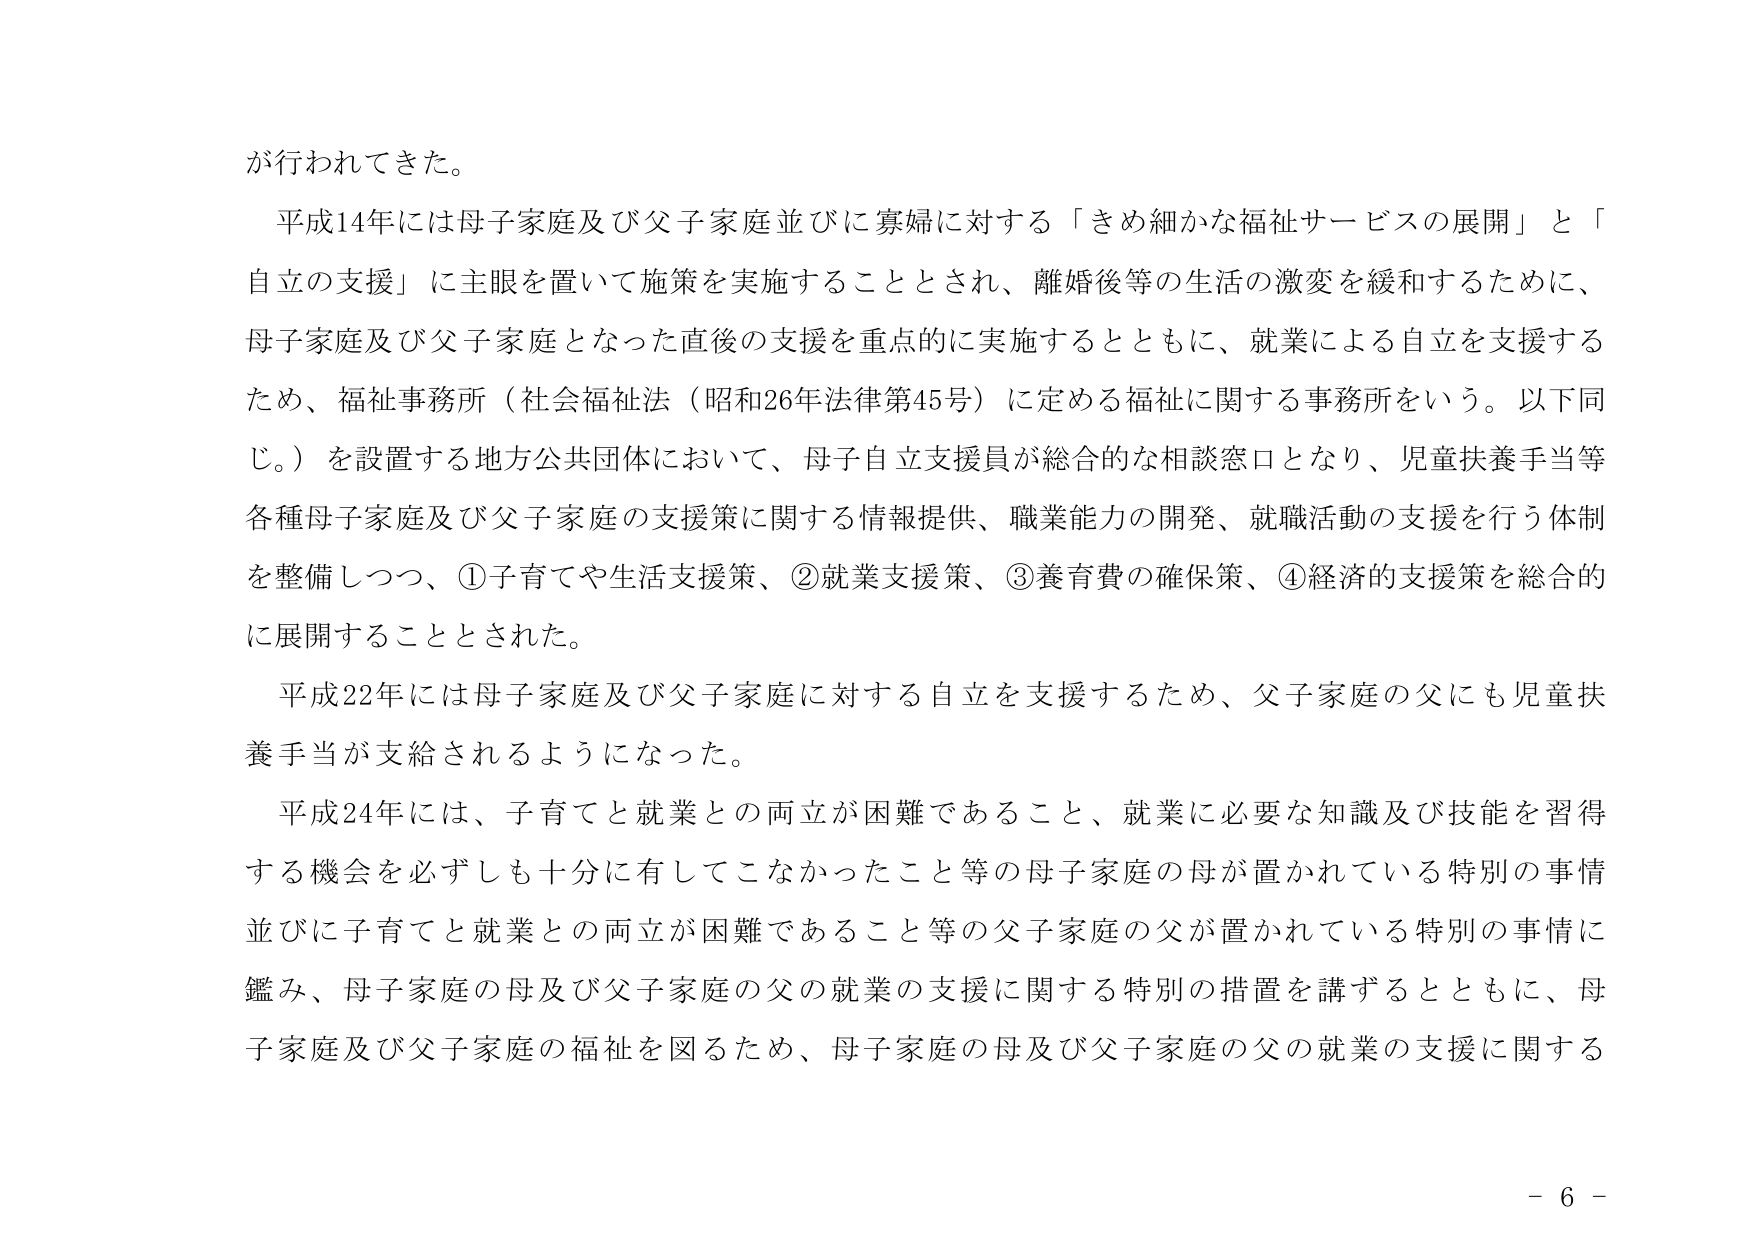
が行われてきた。

平成14年には母子家庭及び父子家庭並びに寡婦に対する「きめ細かな福祉サービスの展開」と「自立の支援」に主眼を置いて施策を実施することとされ、離婚後等の生活の激変を緩和するために、母子家庭及び父子家庭となった直後の支援を重点的に実施するとともに、就業による自立を支援するため、福祉事務所（社会福祉法（昭和26年法律第45号）に定める福祉に関する事務所をいう。以下同じ。）を設置する地方公共団体において、母子自立支援員が総合的な相談窓口となり、児童扶養手当等各種母子家庭及び父子家庭の支援策に関する情報提供、職業能力の開発、就職活動の支援を行う体制を整備しつつ、①子育てや生活支援策、②就業支援策、③養育費の確保策、④経済的支援策を総合的に展開することとされた。

平成22年には母子家庭及び父子家庭に対する自立を支援するため、父子家庭の父にも児童扶養手当が支給されるようになった。

平成24年には、子育てと就業との両立が困難であること、就業に必要な知識及び技能を習得する機会を必ずしも十分に有してこなかったこと等の母子家庭の母が置かれている特別の事情並びに子育てと就業との両立が困難であること等の父子家庭の父が置かれている特別の事情に鑑み、母子家庭の母及び父子家庭の父の就業の支援に関する特別の措置を講ずるとともに、母子家庭及び父子家庭の福祉を図るため、母子家庭の母及び父子家庭の父の就業の支援に関する

－ 6 －